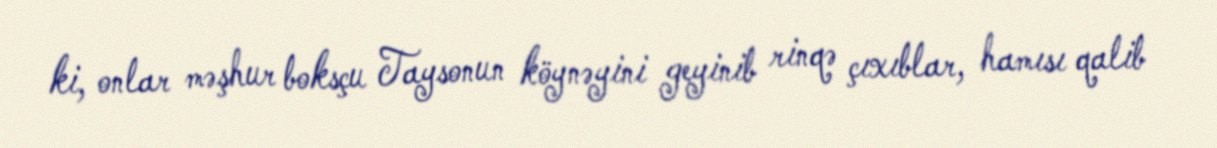
ki, onlar məşhur boksçu Taysonun köynəyini geyinib rinqə çıxıblar, hamısı qalib